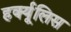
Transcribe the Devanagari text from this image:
हर्क्यूलिस